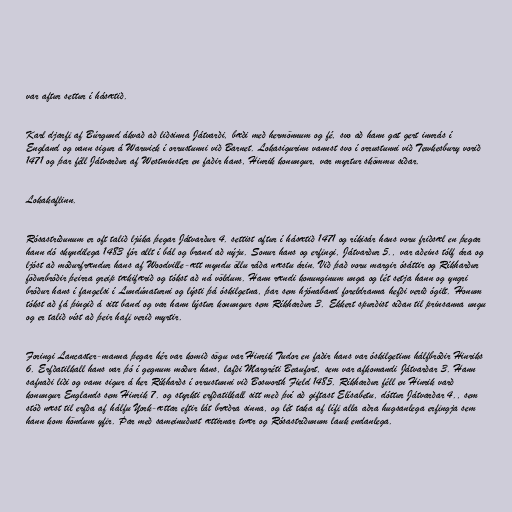
var aftur settur í hásætið.

Karl djarfi af Búrgund ákvað að liðsinna Játvarði, bæði með hermönnum og fé, svo að hann gat gert innrás í
England og vann sigur á Warwick í orrustunni við Barnet. Lokasigurinn vannst svo í orrustunni við Tewkesbury vorið
1471 og þar féll Játvarður af Westminster en faðir hans, Hinrik konungur, var myrtur skömmu síðar.

Lokakaflinn.

Rósastríðunum er oft talið ljúka þegar Játvarður 4. settist aftur í hásætið 1471 og ríkisár hans voru friðsæl en þegar
hann dó skyndilega 1483 fór allt í bál og brand að nýju. Sonur hans og erfingi, Játvarður 5., var aðeins tólf ára og
ljóst að móðurfrændur hans af Woodville-ætt myndu öllu ráða næstu árin. Við það voru margir ósáttir og Ríkharður
föðurbróðir þeirra greip tækifærið og tókst að ná völdum. Hann rændi konunginum unga og lét setja hann og yngri
bróður hans í fangelsi í Lundúnaturni og lýsti þá óskilgetna, þar sem hjónaband foreldranna hefði verið ógilt. Honum
tókst að fá þingið á sitt band og var hann lýstur konungur sem Ríkharður 3. Ekkert spurðist síðan til prinsanna ungu
og er talið víst að þeir hafi verið myrtir.

Foringi Lancaster-manna þegar hér var komið sögu var Hinrik Tudor en faðir hans var óskilgetinn hálfbróðir Hinriks
6. Erfðatilkall hans var þó í gegnum móður hans, lafði Margréti Beaufort, sem var afkomandi Játvarðar 3. Hann
safnaði liði og vann sigur á her Ríkharðs í orrustunni við Bosworth Field 1485. Ríkharður féll en Hinrik varð
konungur Englands sem Hinrik 7. og styrkti erfðatilkall sitt með því að giftast Elísabetu, dóttur Játvarðar 4., sem
stóð næst til erfða af hálfu York-ættar eftir lát bræðra sinna, og lét taka af lífi alla aðra hugsanlega erfingja sem
hann kom höndum yfir. Þar með sameinuðust ættirnar tvær og Rósastríðunum lauk endanlega.